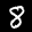
Label: 8